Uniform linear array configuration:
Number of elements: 64
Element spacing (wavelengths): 1
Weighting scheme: exponential
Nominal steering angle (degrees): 60
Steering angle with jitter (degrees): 60.725
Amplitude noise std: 0.05
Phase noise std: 0.05

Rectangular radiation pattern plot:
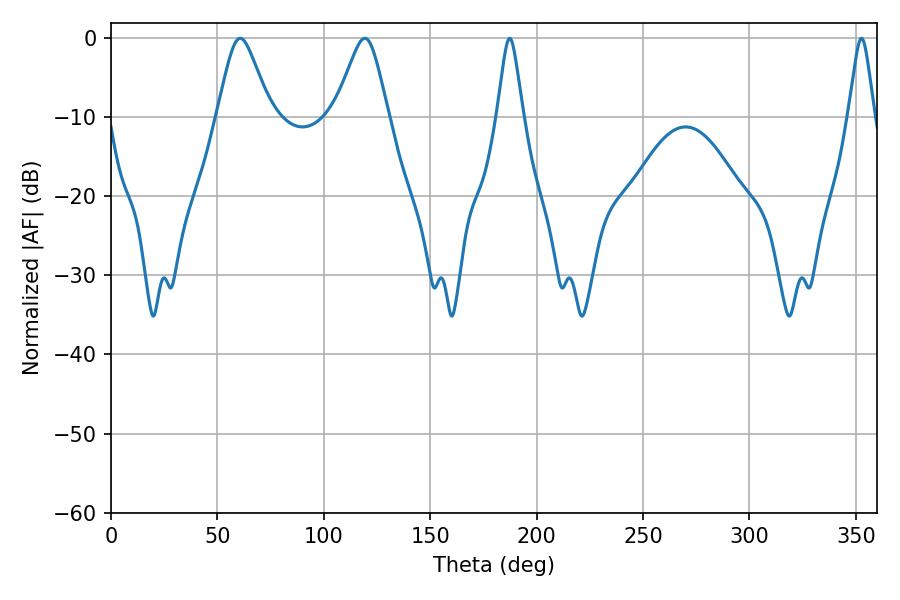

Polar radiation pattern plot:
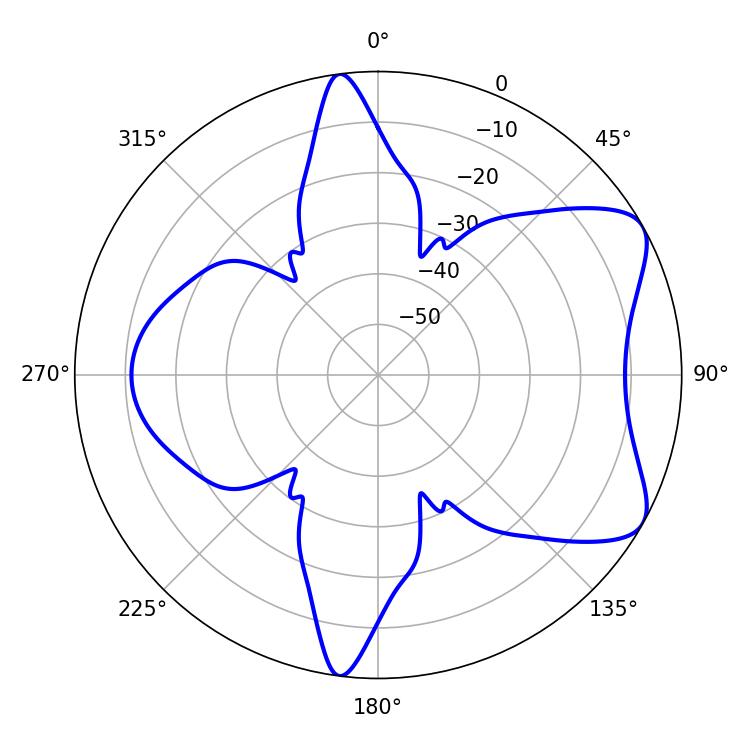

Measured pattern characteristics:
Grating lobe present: TRUE
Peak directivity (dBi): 6.994
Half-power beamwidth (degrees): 12.06
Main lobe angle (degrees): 60.66